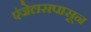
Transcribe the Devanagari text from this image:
एंजेलसपासून